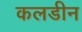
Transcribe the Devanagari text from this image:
कलडीन